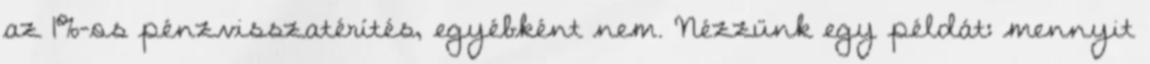
az 1%-os pénzvisszatérítés, egyébként nem. Nézzünk egy példát: mennyit